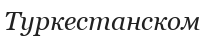
Туркестанском